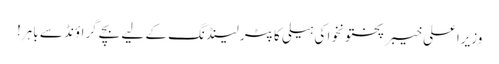
وزیراعلی خیبر پختونخوا کی ہیلی کاپٹر لینڈنگ کے لیے بچے گراؤنڈ سے باہر!